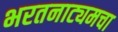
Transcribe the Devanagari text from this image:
भरतनाट्यमचा